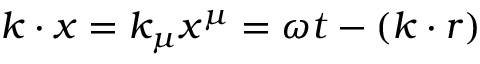
k \cdot x = k _ { \mu } x ^ { \mu } = \omega t - ( \boldsymbol { k } \cdot \boldsymbol { r } )